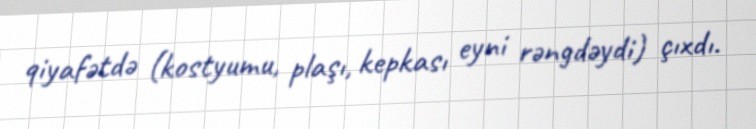
qiyafətdə (kostyumu, plaşı, kepkası eyni rəngdəydi) çıxdı.